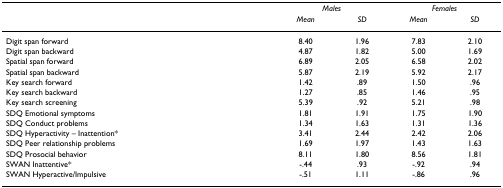
<table><thead><tr><td></td><td colspan="2"><b><i>Males</i></b></td><td colspan="2"><b><i>Females</i></b></td></tr><tr><td></td><td><b><i>Mean</i></b></td><td><b><i>SD</i></b></td><td><b><i>Mean</i></b></td><td><b><i>SD</i></b></td></tr></thead><tbody><tr><td>Digit span forward</td><td>8.40</td><td>1.96</td><td>7.83</td><td>2.10</td></tr><tr><td>Digit span backward</td><td>4.87</td><td>1.82</td><td>5.00</td><td>1.69</td></tr><tr><td>Spatial span forward</td><td>6.89</td><td>2.05</td><td>6.58</td><td>2.02</td></tr><tr><td>Spatial span backward</td><td>5.87</td><td>2.19</td><td>5.92</td><td>2.17</td></tr><tr><td>Key search forward</td><td>1.42</td><td>.89</td><td>1.50</td><td>.96</td></tr><tr><td>Key search backward</td><td>1.27</td><td>.85</td><td>1.46</td><td>.95</td></tr><tr><td>Key search screening</td><td>5.39</td><td>.92</td><td>5.21</td><td>.98</td></tr><tr><td>SDQ Emotional symptoms</td><td>1.81</td><td>1.91</td><td>1.75</td><td>1.90</td></tr><tr><td>SDQ Conduct problems</td><td>1.34</td><td>1.63</td><td>1.31</td><td>1.36</td></tr><tr><td>SDQ Hyperactivity – Inattention*</td><td>3.41</td><td>2.44</td><td>2.42</td><td>2.06</td></tr><tr><td>SDQ Peer relationship problems</td><td>1.69</td><td>1.97</td><td>1.43</td><td>1.63</td></tr><tr><td>SDQ Prosocial behavior</td><td>8.11</td><td>1.80</td><td>8.56</td><td>1.81</td></tr><tr><td>SWAN Inattentive*</td><td>-.44</td><td>.93</td><td>-.92</td><td>.94</td></tr><tr><td>SWAN Hyperactive/Impulsive</td><td>-.51</td><td>1.11</td><td>-.86</td><td>.96</td></tr></tbody></table>